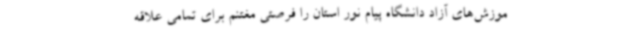
موزش‌های آزاد دانشگاه پیام نور استان را فرصتی مغتنم برای تمامی علاقه